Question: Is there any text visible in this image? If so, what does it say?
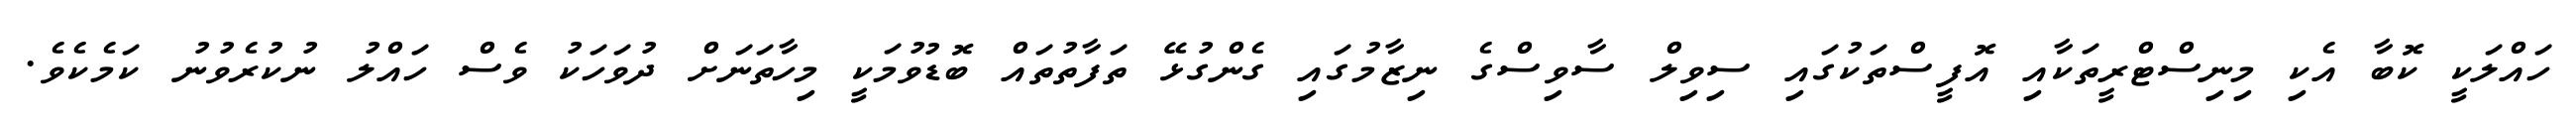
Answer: ހައްލަކީ ކޮބާ އެކި މިނިސްޓްރީތަކާއި އޮފީސްތަކުގައި ސިވިލް ސާވިސްގެ ނިޒާމުގައި ގެންގުޅޭ ތަފާތުތައް ބޮޑުވުމަކީ މިހާތަނަށް ދުވަހަކު ވެސް ހައްލު ނުކުރެވުނު ކަމެކެވެ.